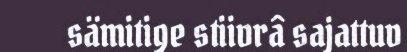
sämitige stiivrâ sajattuv